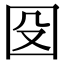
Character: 𡇀